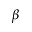
\beta